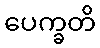
ပေက္ခတိ